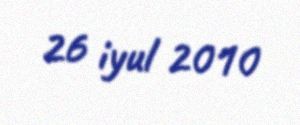
26 iyul 2010